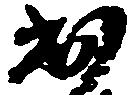
出